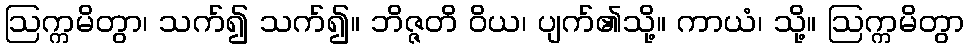
ဩက္ကမိတွာ၊ သက်၍ သက်၍။ ဘိဇ္ဇတိ ဝိယ၊ ပျက်၏သို့။ ကာယံ၊ သို့။ ဩက္ကမိတွာ